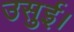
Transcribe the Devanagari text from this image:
उसुई।